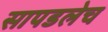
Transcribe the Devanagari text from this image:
सापडलेच